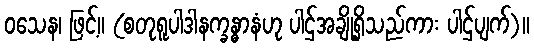
ဝသေန၊ ဖြင့်။ (စတုရူပါဒါနက္ခန္ဓာနံဟု ပါဌ်အချို့ရှိသည်ကား ပါဌ်ပျက်)။